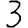
Digit: 3